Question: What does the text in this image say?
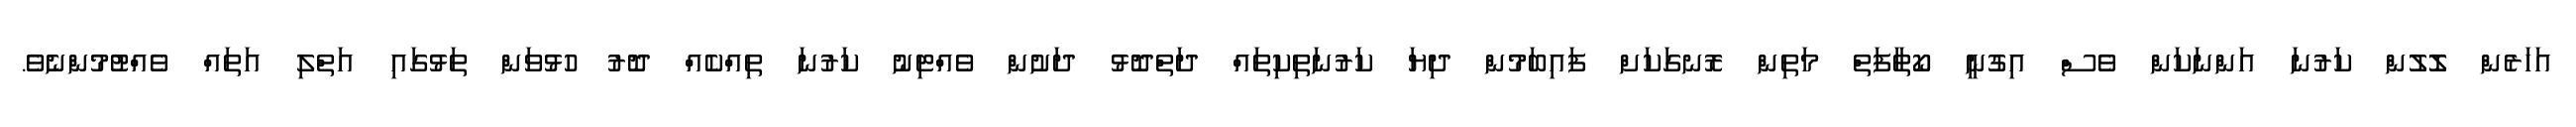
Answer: އަހަރެން ލޮލުން ކަރުނަ އަންނަކަން ވެސް އިގުނީ ކޯތާފަތް މަތިން ރޮނގަކަށް ފައިބަމުން ދިޔަ ކަރުނަތިކިތައް ދަތްދޮޅު ދަށުން ވެއްޓިނު ކަރުނަ ތިއްކެއް ދޮރު ހުޅުވަން ތަޅުގައި އަތްލި އަތައް ވެއްޓުމުންނެވެ.